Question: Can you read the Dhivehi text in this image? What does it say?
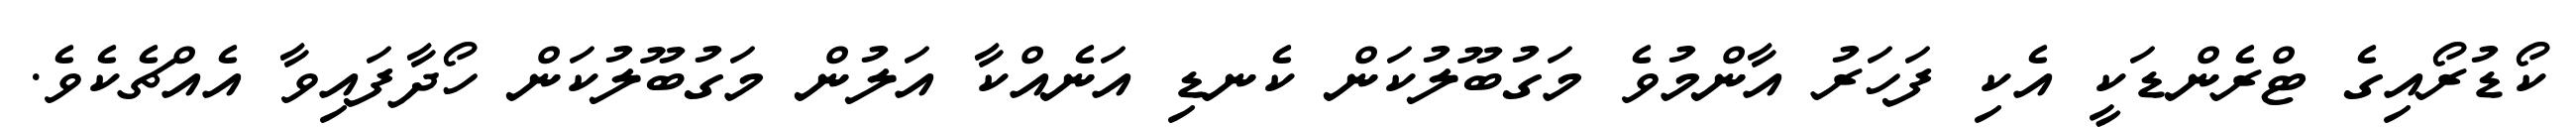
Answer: ކޯޑުރޯއިގެ ޓްރެންޑަކީ އެކި ފަހަރު އާންމުވެ މަގުބޫލުކަން ކެނޑި އަނެއްކާ އަލުން މަގުބޫލުކަން ހޯދާފައިވާ އެއްޗެކެވެ.